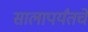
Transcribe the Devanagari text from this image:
सालापर्यंतचे